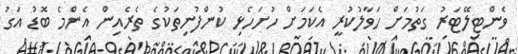
ވެންޓިލޭޓަރު ގަތުމަށް ހަވާލުކުރީ އެކަމަށް ހުށަހެޅި ކުންފުނިތަކުގެ ތެރެއިން އެންމެ ބޮޑު އަގު